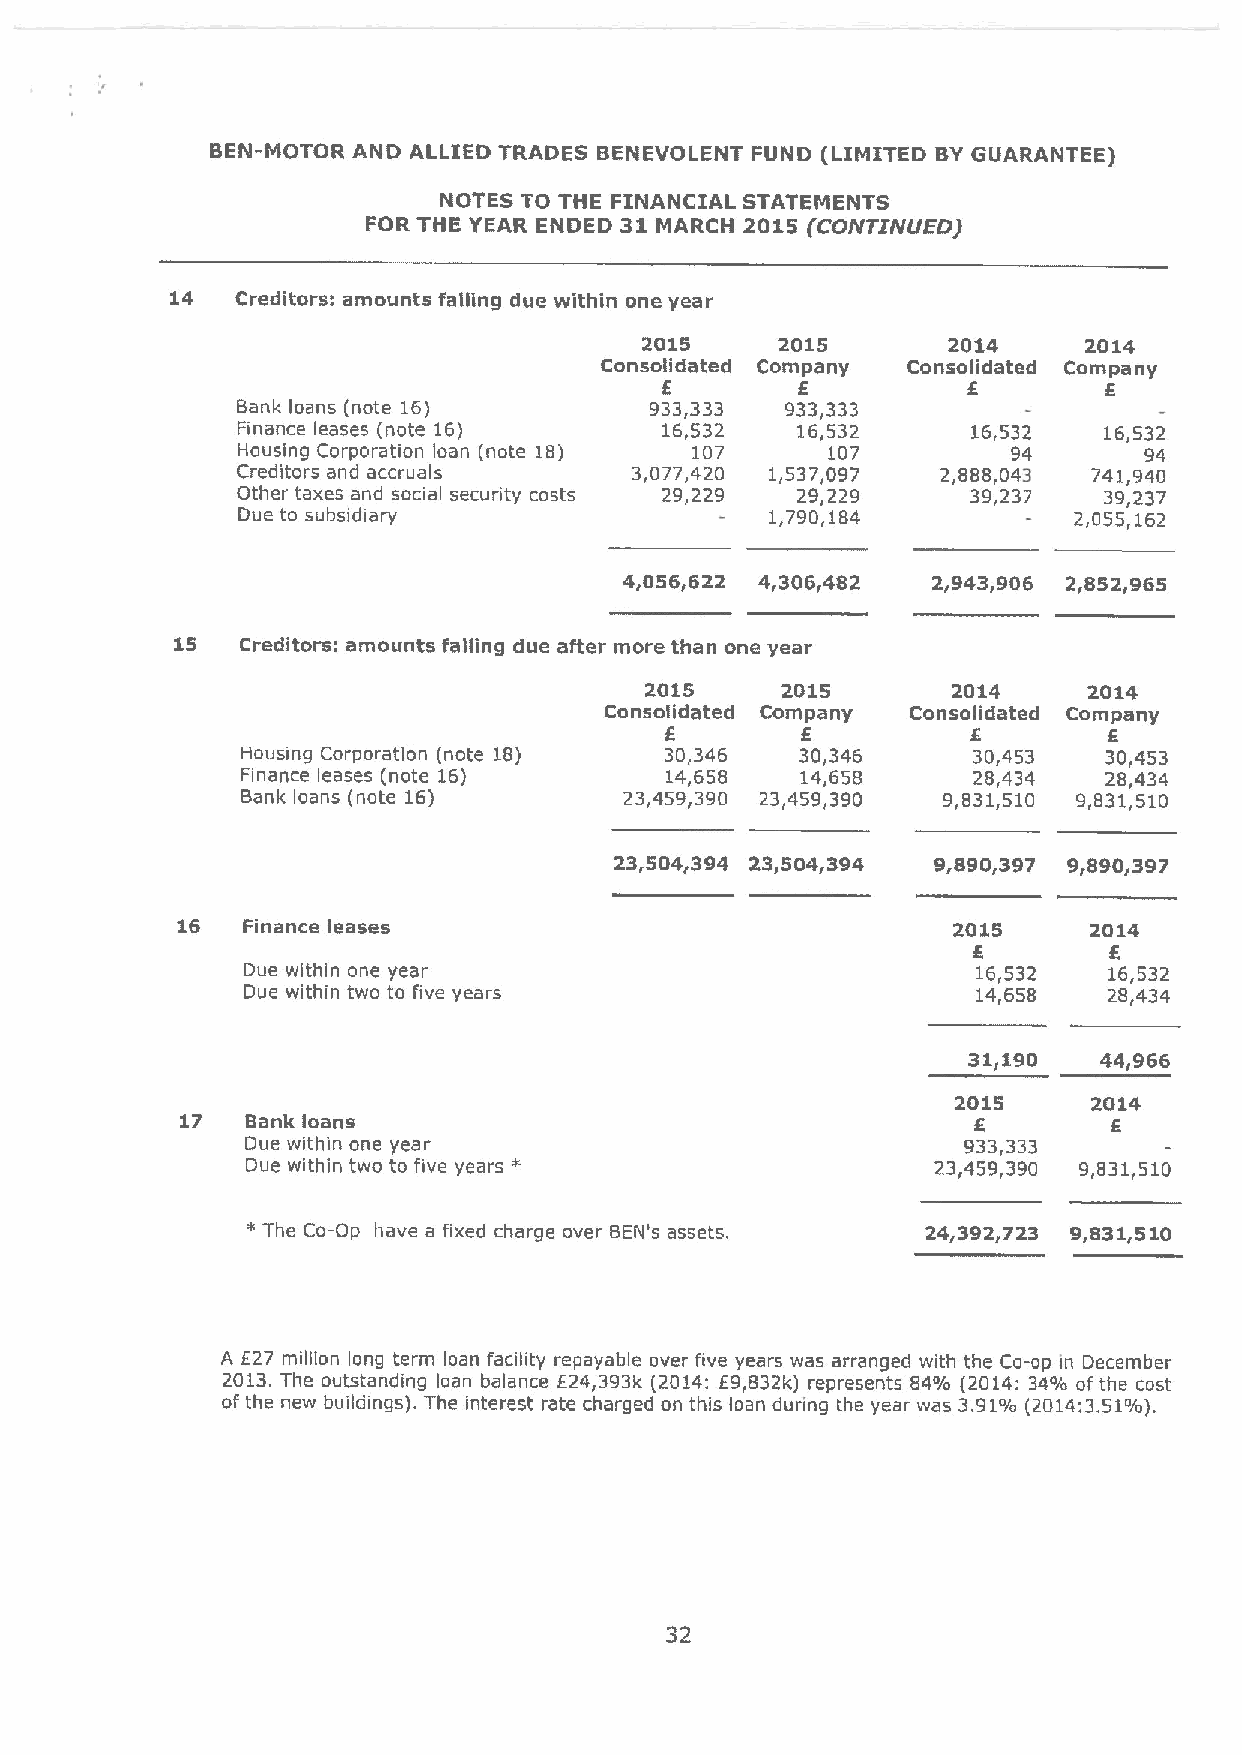
BEN-MOTOR AND ALLIED TRADES BENEVOLENT FUND (LIMITED BYGUARANTEE)
 NOTES TO THE FINANCIAL STATEMENTS
 FOR THE YEAR ENDED 31 MARCH 2015 (CONTI'NUED)
 14   Creditors: amounts falling due within one year
 2015     2015       2014     2014
 Consolidated Company Consolidated Company
 E        6          E        6
 Bank loans (note 16)       933,333  933,333
 Finance leases (note 16)    16,532   16,532     16,532   16,532
 Hausing Corporation loan (note 18) 107 107         94       94
 Creditors and accruals    3,077,420 1,537,097 2,888,043 741,940
 Other taxes and social security costs 29,229 29,229 39,237 39,237
 Due to subsidiary                  1,790,184           2,055,162
 4~056y622 4~306~482  2,943,906 2,852,965
 15  Creditors: amounts falling due after more than one year
 2015     2015       2014     2014
 Consolidated Company Consolidated Company
 E        6          E        6
 Housing Corporation (note 18) 30,346 30,346     30,453   30,453
 Finance leases (note 16)    14,658   14,658     28,434   28,434
 Bank loans (note 16)     23,459,390 23,459,390 9,831,510 9,831,510
 23 504r394 23'504'394 9,890,397 9,890,397
 16  Finance leases                                 2015     2014
 6        6
 Due within one year                              16,532  16,532
 Due within two to five years                     14,658  28,434
 3 1~190  44'966
 2015     2014
 17  Bank loans                                                6
 Due within one year                             933,333
 *
 Due within two to five years                  23,459,390 9,831,510
 "The Co-Op have a fixed charge aver BEN's assets. 24g392~723 9~831g510
 A E27 million long term loan facility repayable over five years was arranged with the Ca-op in December
 2013.The outstanding loan balance E24,393k (2014:E9,832k) represents 84% (2014:34% ofthe cost
 ofthe new buildings). The interest rate charged an this loan during the year was 3.91%(2014:3.51%).
 32